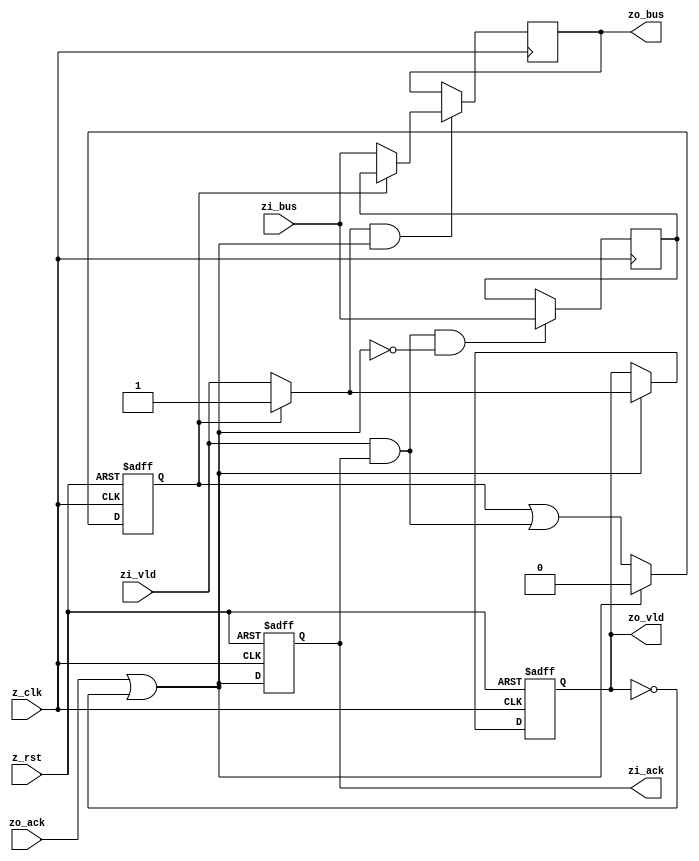
module zstr_reg #(
  parameter BW  = 0,            // bus width
  parameter RI  = 1,            // registered outputs on the input side
  parameter RO  = 1             // registered outputs on the output side
)(
  input  wire          z_clk,   // system clock
  input  wire          z_rst,   // asinchronous reset
  // input port
  input  wire          zi_vld,  // transfer valid
  input  wire [BW-1:0] zi_bus,  // grouped bus signals
  output wire          zi_ack,  // transfer acknowledge
  // output port
  output wire          zo_vld,  // transfer valid
  output wire [BW-1:0] zo_bus,  // grouped bus signals
  input  wire          zo_ack   // transfer acknowledge
);

// local input signals
reg           li_vld;
reg  [BW-1:0] li_bus;
reg           li_ack;

// local middle signals
wire          lm_vld;
wire [BW-1:0] lm_bus;
wire          lm_ack;

// local output signals
reg           lo_vld;
reg  [BW-1:0] lo_bus;

//////////////////////////////////////////////////////////////////////////////
// registered input side
//////////////////////////////////////////////////////////////////////////////

generate if (RI) begin

  always @ (posedge z_clk, posedge z_rst)
  if (z_rst) li_vld <= 1'b0;
  else       li_vld <= lm_ack ? 1'b0 : li_vld | zi_vld & zi_ack;

  always @ (posedge z_clk)
  if (zi_vld & zi_ack & ~lm_ack) li_bus <= zi_bus;

  always @ (posedge z_clk, posedge z_rst)
  if (z_rst) li_ack <= 1'b1;
  else       li_ack <= lm_ack;

  assign lm_vld = li_vld ? li_vld : zi_vld;
  assign lm_bus = li_vld ? li_bus : zi_bus;
  assign zi_ack = li_ack;

end else begin

  assign lm_vld = zi_vld;
  assign lm_bus = zi_bus;
  assign zi_ack = lm_ack;

end endgenerate

//////////////////////////////////////////////////////////////////////////////
// registered output side
//////////////////////////////////////////////////////////////////////////////

generate if (RO) begin

  always @ (posedge z_clk, posedge z_rst)
  if (z_rst)       lo_vld <= 1'b0;
  else if (lm_ack) lo_vld <= lm_vld;
  
  always @ (posedge z_clk)
  if (lm_vld & lm_ack) lo_bus <= lm_bus;

  assign zo_vld = lo_vld;
  assign zo_bus = lo_bus;
  assign lm_ack = zo_ack | ~zo_vld; // 

end else begin

  assign zo_vld = lm_vld;
  assign zo_bus = lm_bus;
  assign lm_ack = zo_ack;

end endgenerate
  

endmodule